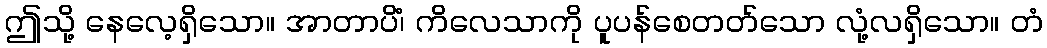
ဤသို့ နေလေ့ရှိသော။ အာတာပိံ၊ ကိလေသာကို ပူပန်စေတတ်သော လုံ့လရှိသော။ တံ